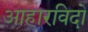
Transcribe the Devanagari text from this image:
आहारविदों